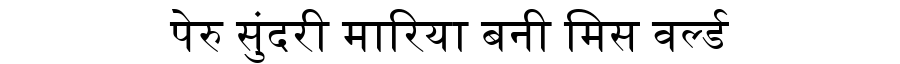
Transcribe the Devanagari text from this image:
पेरु सुंदरी मारिया बनी मिस वर्ल्ड